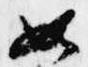
如